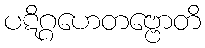
ပဋိဂ္ဂဟေတဗ္ဗောတိ